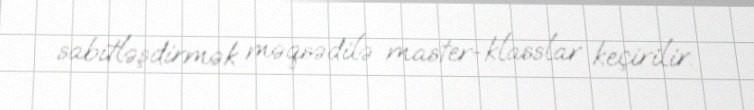
sabitləşdirmək məqsədilə master-klasslar keçirilir.